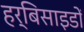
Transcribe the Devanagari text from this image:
हर्बिसाइडों